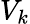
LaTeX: V_{k}